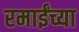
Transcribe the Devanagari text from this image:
रमाईंच्या